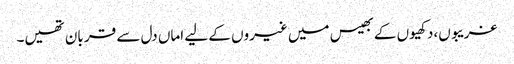
غریبوں،دکھیوں کے بھیس میں غیروں کے لیے اماں دل سے قر بان تھیں۔